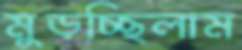
মুড়চ্ছিলাম